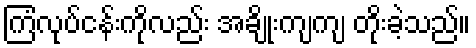
ကြံလုပ်ငန်းကိုလည်း အချိုးကျကျ တိုးခဲ့သည်။